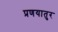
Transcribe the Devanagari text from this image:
प्रणयातुर